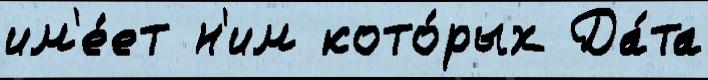
им'е́ет н'им кото́рых Да́та